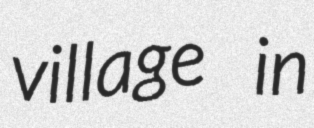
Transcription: village in